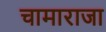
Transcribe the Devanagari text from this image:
चामाराजा